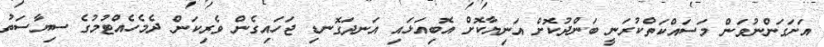
އަށަގަންނުވަން މަސައްކަތްކުރަނީ ބަންދުކޮށް އަނިޔާކޮށް އޮބިއަޅައި އަނދަގޮނޑި ޖަހައިގެން ވެރިކަން ދެމެހެއްޓުމުގެ ސިޔާސަތު